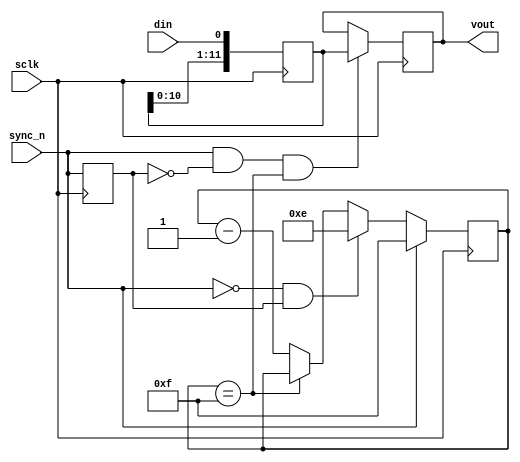
module  DAC121S101 (
 
// OUTPUTs
    vout,                           // Peripheral data output
 
// INPUTs
    din,                            // SPI Serial Data
    sclk,                           // SPI Serial Clock
    sync_n                          // SPI Frame synchronization signal (low active)
);

// OUTPUTs
//=========
output       [11:0] vout;           // Peripheral data output
 
// INPUTs
//=========
input               din;            // SPI Serial Data
input               sclk;           // SPI Serial Clock
input               sync_n;         // SPI Frame synchronization signal (low active)
 

//============================================================================
// 1) SPI INTERFACE
//============================================================================

// SPI Transfer Start detection
reg  sync_dly_n;
always @ (negedge sclk)
  sync_dly_n <= sync_n;

wire spi_tfx_start = ~sync_n & sync_dly_n;
   

// Data counter
reg [3:0] spi_cnt;
wire      spi_cnt_done = (spi_cnt==4'hf);
always @ (negedge sclk)
  if (sync_n)              spi_cnt <=  4'hf;
  else if (spi_tfx_start)  spi_cnt <=  4'he;
  else if (~spi_cnt_done)  spi_cnt <=  spi_cnt-1;

wire spi_tfx_done = sync_n & ~sync_dly_n & spi_cnt_done;

   
// Value to be shifted in
reg  [15:0] dac_shifter;
always @ (negedge sclk)
  dac_shifter <=  {dac_shifter[14:0], din};


// DAC Output value
reg  [11:0] vout;
always @ (negedge sclk)
  if (spi_tfx_done)
    vout <=  dac_shifter[11:0];


endmodule